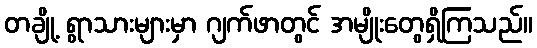
တချို့ ရွာသားများမှာ ဂျက်ဖာတွင် အမျိုးတွေရှိကြသည်။